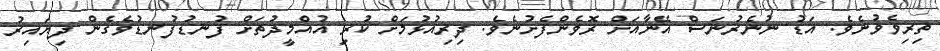
ތިރިވެވުނެވެ. އަޑު ނުނެރުނަސް އޭނާއަށް ރޮވެންފެށުނެވެ. ދިރިއުޅުމަށް ކުރި އުއްމީދުތަށް ފުނޑުފުނޑުވެގެން ދިޔައިރު